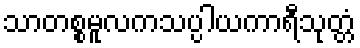
သာတစ္စမူလကသပ္ပါယကာရီသုတ္တံ